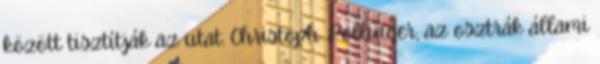
között tisztítják az utat. Christoph Pollinger, az osztrák állami